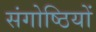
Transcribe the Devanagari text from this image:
संगोष्‍ठियों